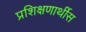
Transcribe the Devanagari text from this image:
प्रशिक्षणार्थीस